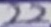
Text: 22